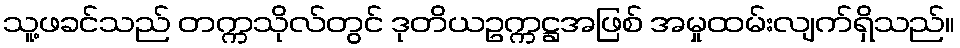
သူ့ဖခင်သည် တက္ကသိုလ်တွင် ဒုတိယဥက္ကဋ္ဌအဖြစ် အမှုထမ်းလျက်ရှိသည်။